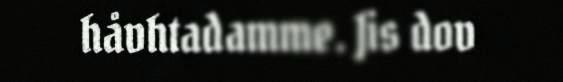
håvhtadamme. Jis dov